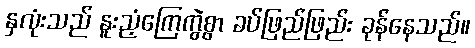
နှလုံးသည် နူးညံ့ကြေကွဲစွာ ခပ်ဖြည်ဖြည်း ခုန်နေသည်။